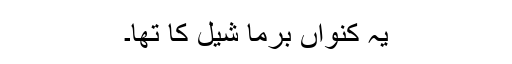
یہ کنواں برما شیل کا تھا۔